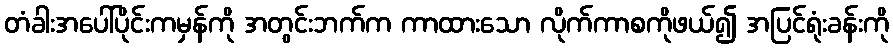
တံခါးအပေါ်ပိုင်းကမှန်ကို အတွင်းဘက်က ကာထားသော လိုက်ကာစကိုဖယ်၍ အပြင်ရုံးခန်းကို